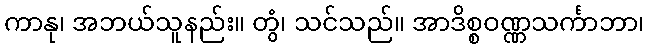
ကာနု၊ အဘယ်သူနည်း။ တွံ၊ သင်သည်။ အာဒိစ္စဝဏ္ဏသင်္ကာဘာ၊